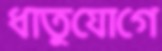
ধাতুযোগে